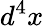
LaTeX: d^{4}x